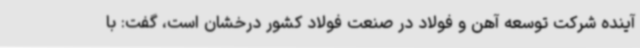
آینده شرکت توسعه آهن و فولاد در صنعت فولاد کشور درخشان است، گفت: با